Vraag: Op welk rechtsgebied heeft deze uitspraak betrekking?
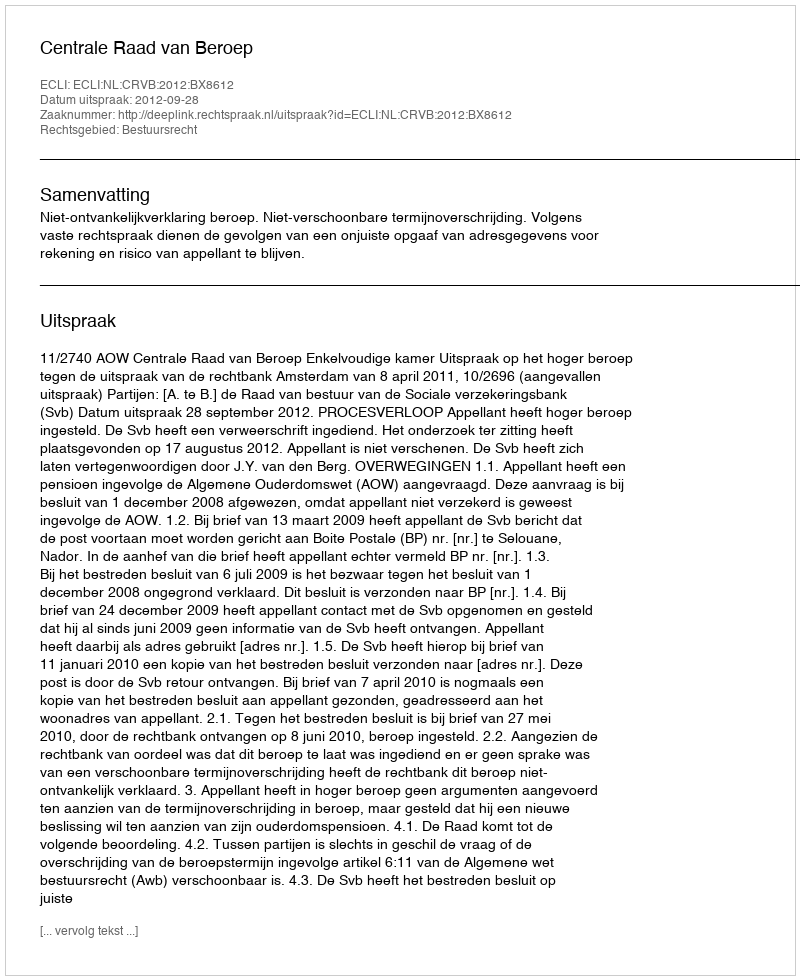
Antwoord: Bestuursrecht